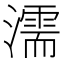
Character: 濡